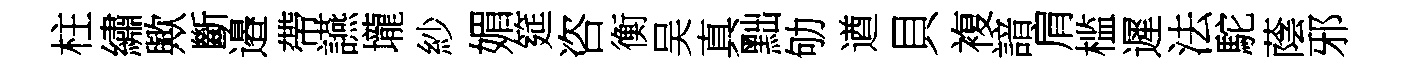
柱繡歟斷邉帶讌壠紗媚筵咨衡吴真黜劬遒貝複諳肩槛遲法駝蔭邪